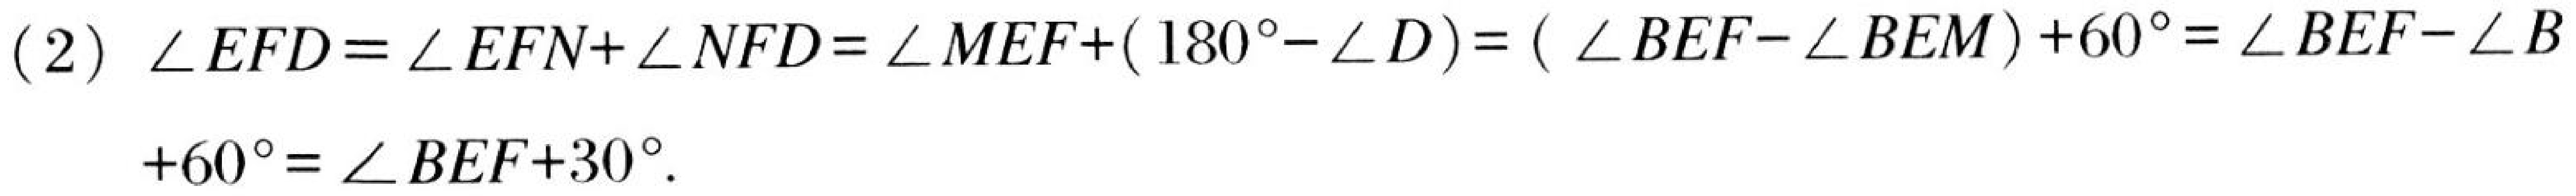
(2) $\angle EFD=\angle EFN+\angle NFD=\angle MEF+(180^{\circ}-\angle D)=(\angle BEF - \angle BEM)+60^{\circ}=\angle BEF-\angle B +60^{\circ}=\angle BEF + 30^{\circ}$.